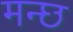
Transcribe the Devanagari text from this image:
मन्छ